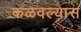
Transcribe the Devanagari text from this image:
कळवल्यास